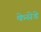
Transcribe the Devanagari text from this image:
केसेडे